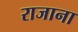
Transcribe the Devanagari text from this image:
राजाना